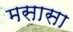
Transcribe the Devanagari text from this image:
मसासा